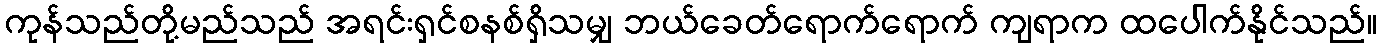
ကုန်သည်တို့မည်သည် အရင်းရှင်စနစ်ရှိသမျှ ဘယ်ခေတ်ရောက်ရောက် ကျရာက ထပေါက်နိုင်သည်။